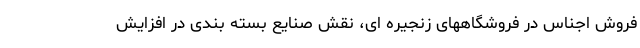
فروش اجناس در فروشگاههای زنجیره ای، نقش صنایع بسته بندی در افزایش